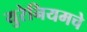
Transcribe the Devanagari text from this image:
युरेनियमचे